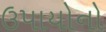
ઉપાયોનો